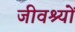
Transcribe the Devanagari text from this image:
जीवश्यों